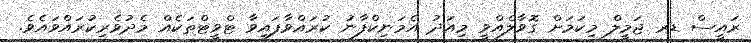
ރައީސް ޑރ ޖަމީލް މިިކަމަށް ގޮވާލެއްވީ މިއަދު އެމަނިކްފާނު ކުރައްވާފައިވާ ޓްވީޓްތަކެއް މެދުވެރިކުރައްވައެވެ.